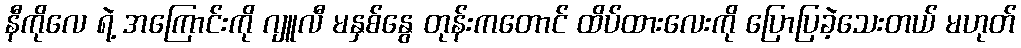
နီကိုလေ ရဲ့ အကြောင်းကို ဂျူလီ မနှစ်နွေ တုန်းကတောင် ထိပ်ထားလေးကို ပြောပြခဲ့သေးတယ် မဟုတ်